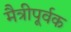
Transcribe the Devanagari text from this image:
मैत्रीपूर्वक